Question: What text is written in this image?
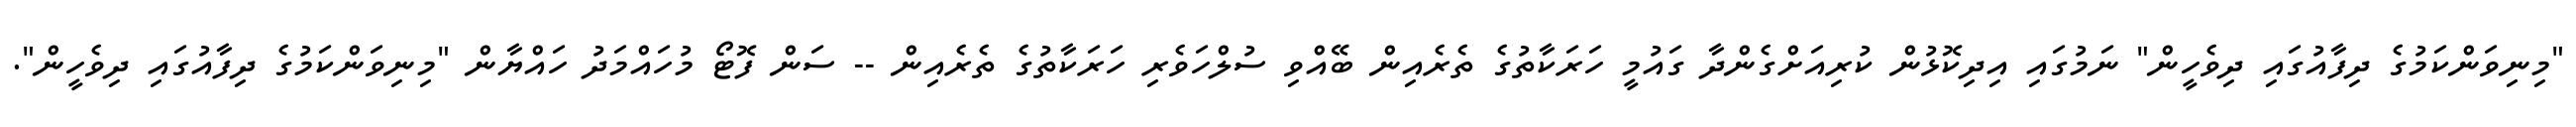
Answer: "މިނިވަންކަމުގެ ދިފާއުގައި ދިވެހީން" ނަމުގައި އިދިކޮޅުން ކުރިއަށްގެންދާ ގައުމީ ހަރަކާތުގެ ތެރެއިން ބޭއްވި ސުލްހަވެރި ހަރަކާތުގެ ތެރެއިން -- ސަން ފޮޓޯ މުހައްމަދު ހައްޔާން "މިނިވަންކަމުގެ ދިފާއުގައި ދިވެހީން".